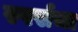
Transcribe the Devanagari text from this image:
स्पर्सचा